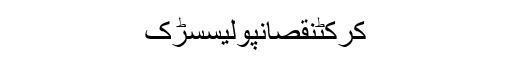
کرکٹنقصانپولیسسڑک